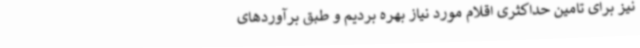
نیز برای تامین حداکثری اقلام مورد نیاز بهره بردیم و طبق برآوردهای